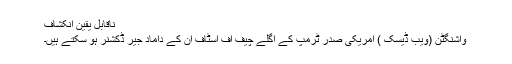
ناقابل یقین انکشاف
واشنگٹن (ویب ڈیسک ) امریکی صدر ٹرمپ کے اگلے چیف آف اسٹاف ان کے داماد جیر ڈکشنر ہو سکتے ہیں۔